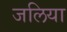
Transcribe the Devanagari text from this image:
जलिया